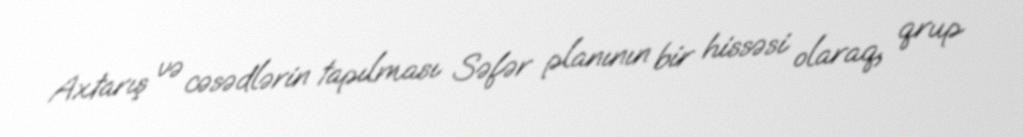
Axtarış və cəsədlərin tapılması Səfər planının bir hissəsi olaraq, qrup